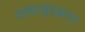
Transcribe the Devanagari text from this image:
वाद्यवृंदकार